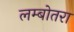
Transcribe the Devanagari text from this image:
लम्बोतरा